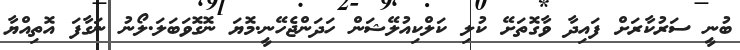
ބުނީ ސަރުކާރަށް ފައިދާ ވާގޮތަށޭ ކުލި ކަލްކިއުލޭޝަން ހަދަންޖެހޭނީ.މޮޔަ ނޮގޮވަބަލަ.ލޯނު ނަގާފަ އޮތިއްޔާ